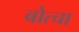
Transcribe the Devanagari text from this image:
बोत्चा